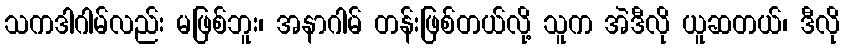
သကဒါဂါမ်လည်း မဖြစ်ဘူး၊ အနာဂါမ် တန်းဖြစ်တယ်လို့ သူက အဲဒီလို ယူဆတယ်၊ ဒီလို